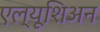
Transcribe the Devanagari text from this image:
एल्यूशिअन